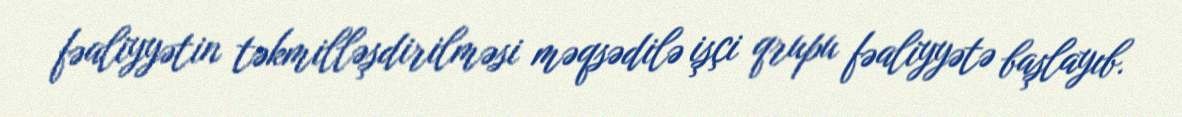
fəaliyyətin təkmilləşdirilməsi məqsədilə işçi qrupu fəaliyyətə başlayıb.